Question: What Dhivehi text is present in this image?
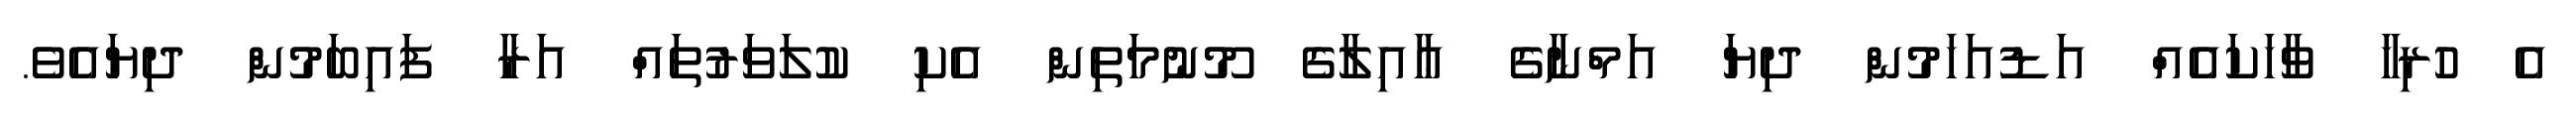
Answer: އެ ހުރިހާ ވާހަކައެއް އަޑުއަހަމުން ދިޔަ އަމްނާގެ ޢާއިލާގެ މޫނުމަތިން އެކި ކުލަވަރުތައް އަރާ ފައިބަމުން ދިޔައެވެ.